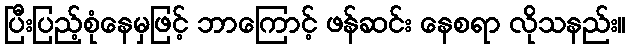
ပြီးပြည့်စုံနေမှဖြင့် ဘာကြောင့် ဖန်ဆင်း နေစရာ လိုသနည်း။